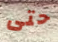
حتى